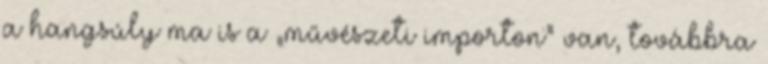
a hangsúly ma is a „művészeti importon” van, továbbra